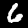
Digit: 6